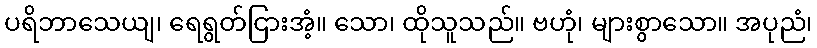
ပရိဘာသေယျ၊ ရေရွတ်ငြားအံ့။ သော၊ ထိုသူသည်။ ဗဟုံ၊ များစွာသော။ အပုညံ၊